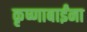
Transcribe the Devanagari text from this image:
कृष्णाबाईंना